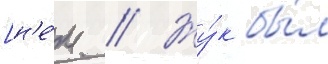
[н'е́м. // Жу́к бы́л